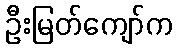
ဦးမြတ်ကျော်က